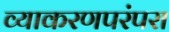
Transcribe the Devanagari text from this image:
व्याकरणपरंपरा